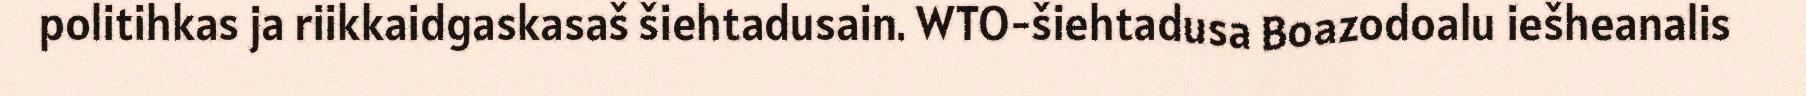
politihkas ja riikkaidgaskasaš šiehtadusain. WTO-šiehtadusa Boazodoalu iešheanalis